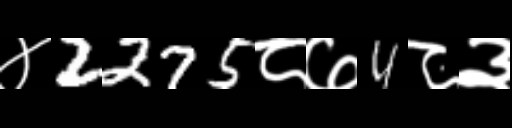
Text: ४2275८७4८३